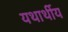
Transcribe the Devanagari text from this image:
यथार्थीय